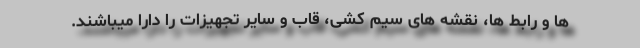
ها و رابط ها، نقشه های سیم کشی، قاب و سایر تجهیزات را دارا میباشند.